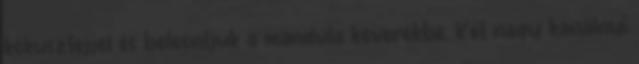
kókusztejjel és beleöntjük a mandula keverékbe. Két nagy kanálnyi